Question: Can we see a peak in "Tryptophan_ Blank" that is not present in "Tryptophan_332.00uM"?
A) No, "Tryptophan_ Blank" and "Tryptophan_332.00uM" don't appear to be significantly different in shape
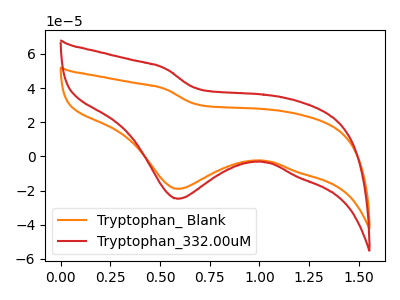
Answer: <think>The orange curve "Tryptophan_ Blank" has a cathodic peak at: (0.60V, -19.00uA). The red curve "Tryptophan_332.00uM" has a cathodic peak at: (0.60V, -24.80uA).
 All the peaks in "Tryptophan_ Blank" have a peak in "Tryptophan_332.00uM" at the same potential. Every peak in "Tryptophan_ Blank" is lower than every peak in "Tryptophan_332.00uM".</think>
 <answer>A) No, "Tryptophan_ Blank" and "Tryptophan_332.00uM" don't appear to be significantly different in shape</answer>
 <eval>A</eval>